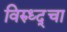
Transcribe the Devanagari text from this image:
विरुध्द्चा